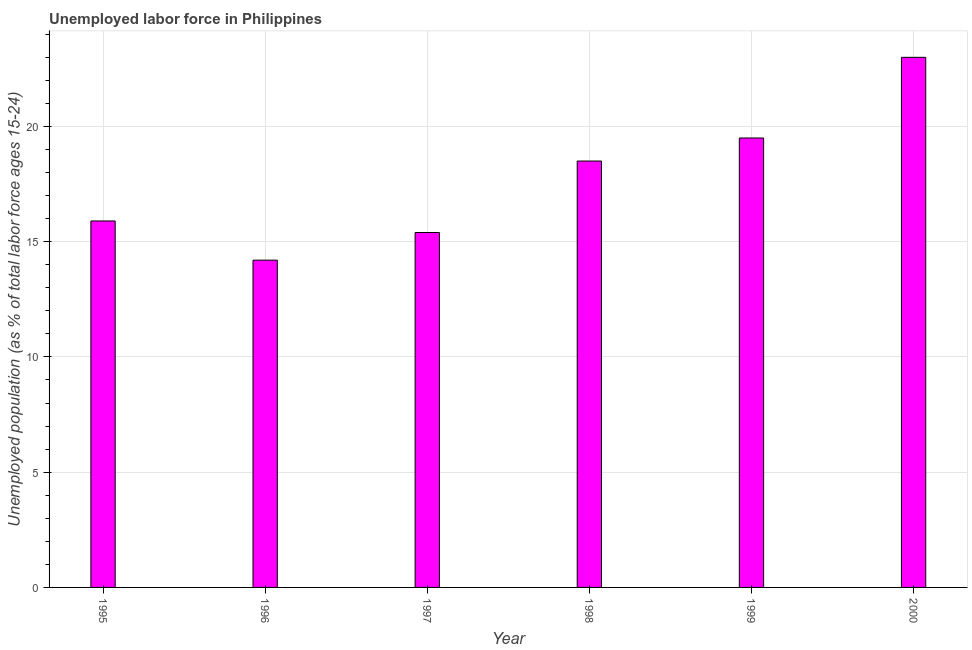
| Year | Unemployment |
 | --- | --- |
 | 1995 | 15.9 |
 | 1996 | 14.2 |
 | 1997 | 15.4 |
 | 1998 | 18.5 |
 | 1999 | 19.5 |
 | 2000 | 23 |